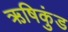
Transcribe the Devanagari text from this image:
ऋषिकुंड